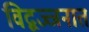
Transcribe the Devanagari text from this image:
विद्वज्जनात